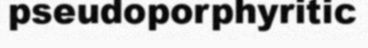
pseudoporphyritic